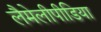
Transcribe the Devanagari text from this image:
लैमेलीपीडिया